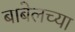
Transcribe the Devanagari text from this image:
बाबेलच्या